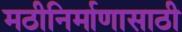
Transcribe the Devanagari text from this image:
मठीनिर्माणासाठी